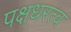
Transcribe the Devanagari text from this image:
पक्षधरत्व